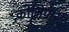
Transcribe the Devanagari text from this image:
कोनिफर्स